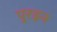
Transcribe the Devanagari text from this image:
पुरइन